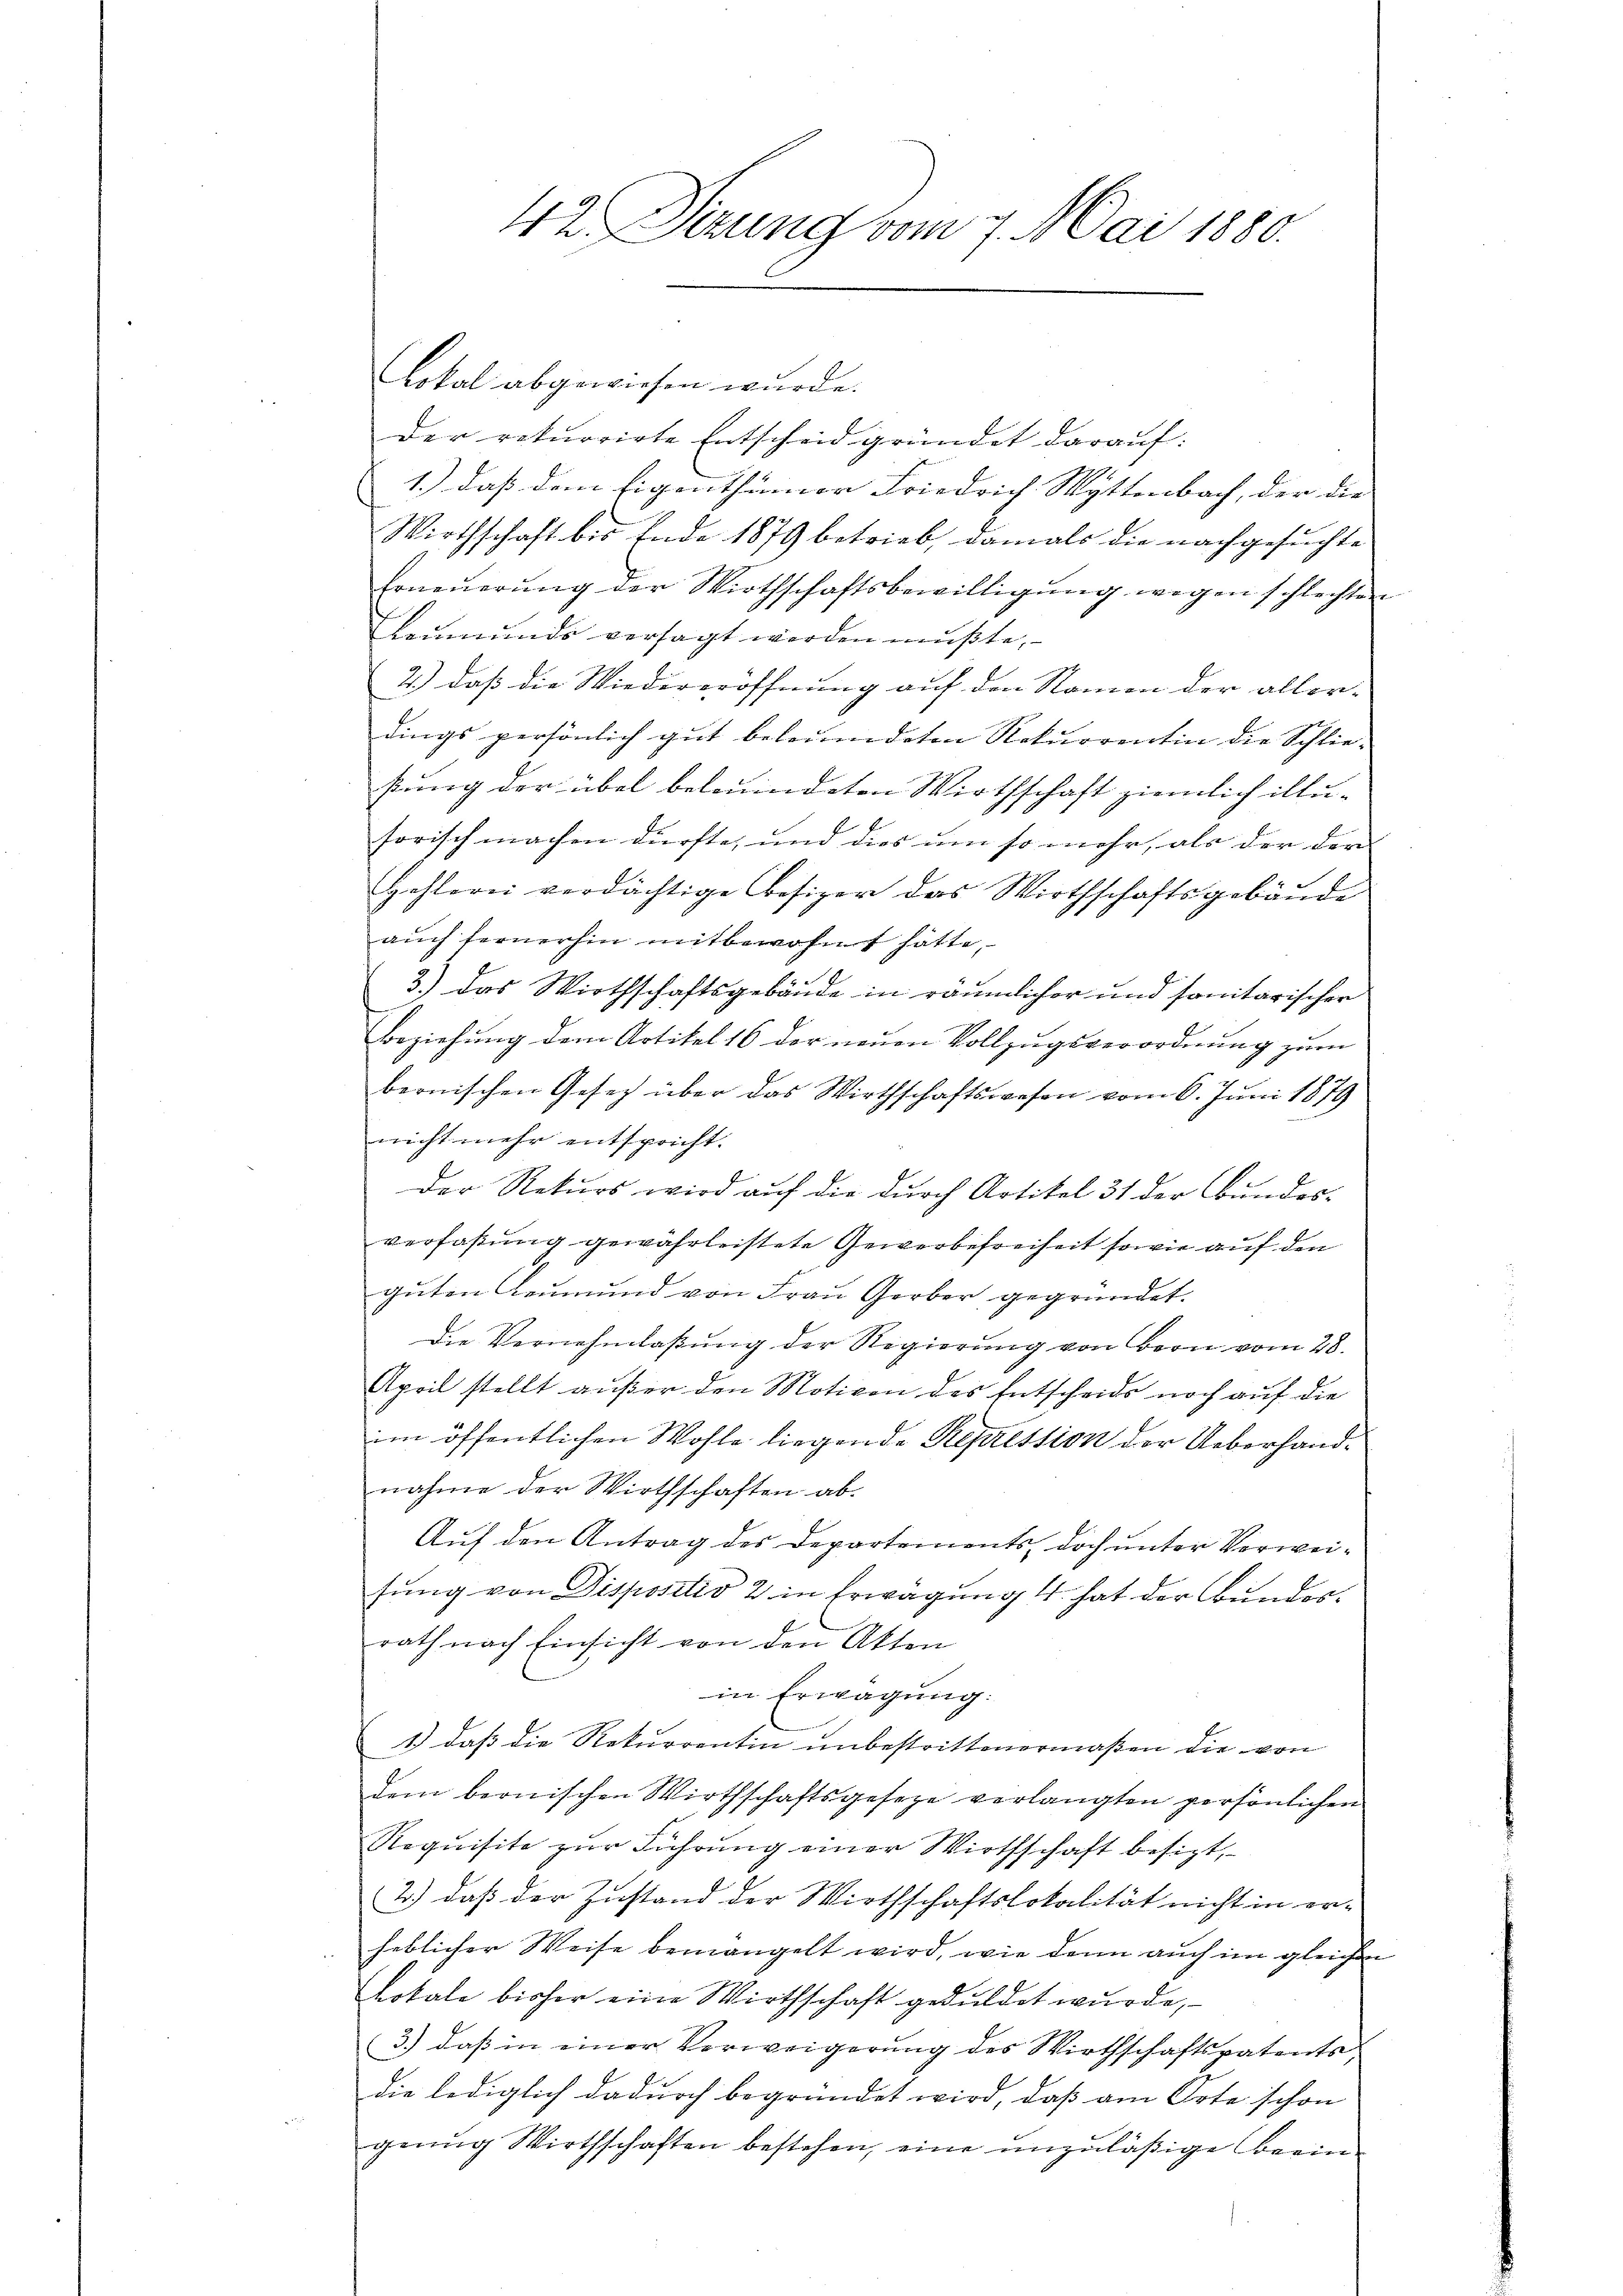
42. Sizung vom 7. Mai 1880.

Lokal abgewiesen wurde.
der rekurrirte Entscheid gründet darauf:
1.) Daß dem Eigenthümer Friedrich Wattenbach, der die
Wirthschaft bis Ende 1879 betrieb, damals die nachgesuchte
Erneuerung der Wirthschaftsbewilligung wegen schlechten
Leumunds versagt werden mußte,
2.) daß die Wiedereröffnung auf den Namen der allerdings persönlich gut beleumdeten Rekurrentin die Schlie-
fung der übel beleuindeten Wirthschaft ziemlich illu-
sorisch machen dürfte, und dies um so mehr, als der der
Hohlerei verdächtige Besizer das Wirthschaftsgebäude
auch fernerhin mitbewohnt hätte,
3.) Das Wirthschaftsgebäude in räumlicher und sonitarischer
Beziehung dem Artikel 16 der neuen Vollzugsverordnung zum
bernischen Gesetz über das Wirthschaftswesen vom 6. Juni 1879
nicht mehr entspricht.
Der Rekurs wird auf die durch Artikel 31 der Bundes-
verfaßung gewährleistete Gewerbefreiheit sowie auf den
guten Leumund von Frau Gerber gegründet.
Die Vernehmlassung der Regierung von Bern vom 28.
April stellt außer den Motiven des Entscheids noch auf die
im öffentlichen Wohle liegende Repression der Ueberhandnahme der Wirthschaften ab.
Auf den Antrag des Departements, doch unter Verweifung von Dispositio 2 in Erwägung 4. hat der Bunderrath nach Einsicht von den Akten
in Erwägung:
1) daß die Rekurrentin unbestrittenermaßen die von
dem bernischen Wirthschaftsgesetze verlangten persönlichen
Requisite zur Führung einer Wirthschaft besizt,
2.) daß der Zustand der Wirthschaftslokalität nicht in er-
heblicher Weise bemangelt wird, wie dann auch im gleichen
Lokale bisher eine Wirthschaft geduldet wurde,
3.) daß in einer Verweigerung des Wirthschaftspatents
die lediglich dadurch begründet wird, daß am Orte schon
genug Wirthschaften bestehen, eine unzuläßige Beein¬